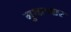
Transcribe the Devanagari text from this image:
मुथरयार